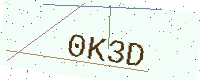
Text: 0K3D